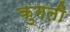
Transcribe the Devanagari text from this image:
कुगती